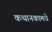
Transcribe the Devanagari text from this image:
कथानकामधे